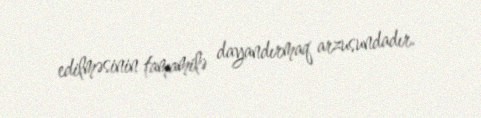
edilməsinin tamamilə dayandırmaq arzusundadır.